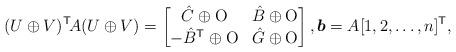
LaTeX: \begin{align*}(U \oplus V)^\mathsf{T} \! A (U \oplus V) = \begin{bmatrix}\hat{C} \oplus \mathrm{O} & \hat{B} \oplus \mathrm{O} \\- \hat{B}^\mathsf{T} \oplus \mathrm{O} & \hat{G} \oplus \mathrm{O}\end{bmatrix}, \boldsymbol{b} = A [1, 2, \dots, n]^\mathsf{T},\end{align*}